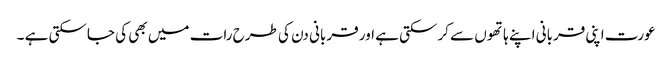
عورت اپنی قربانی اپنے ہاتھوں سے کرسکتی ہے اور قربانی دن کی طرح رات میں بھی کی جاسکتی ہے ۔